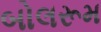
બોલરૂમ